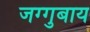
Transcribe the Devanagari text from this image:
जग्गुबाय